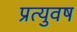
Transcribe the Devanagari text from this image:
प्रत्युवष